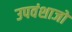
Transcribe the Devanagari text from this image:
उपवंशाजों